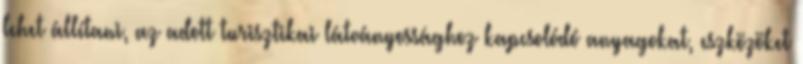
lehet állítani, az adott turisztikai látványossághoz kapcsolódó anyagokat, eszközöket